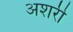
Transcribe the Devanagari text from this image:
अशरी